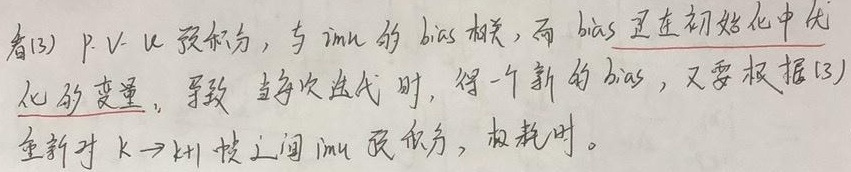
看[3]，PVQ预积分为，与imu的bias相关，而bias是在初始化中优化的变量。导致每次迭代时，得一个新的bias，又要根据[3]重新对$k\rightarrow k + 1$帧之间imu预积分，极耗时。